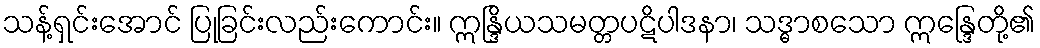
သန့်ရှင်းအောင် ပြုခြင်းလည်းကောင်း။ ဣန္ဒြိယသမတ္တပဋိပါဒနာ၊ သဒ္ဓာစသော ဣန္ဒြေတို့၏